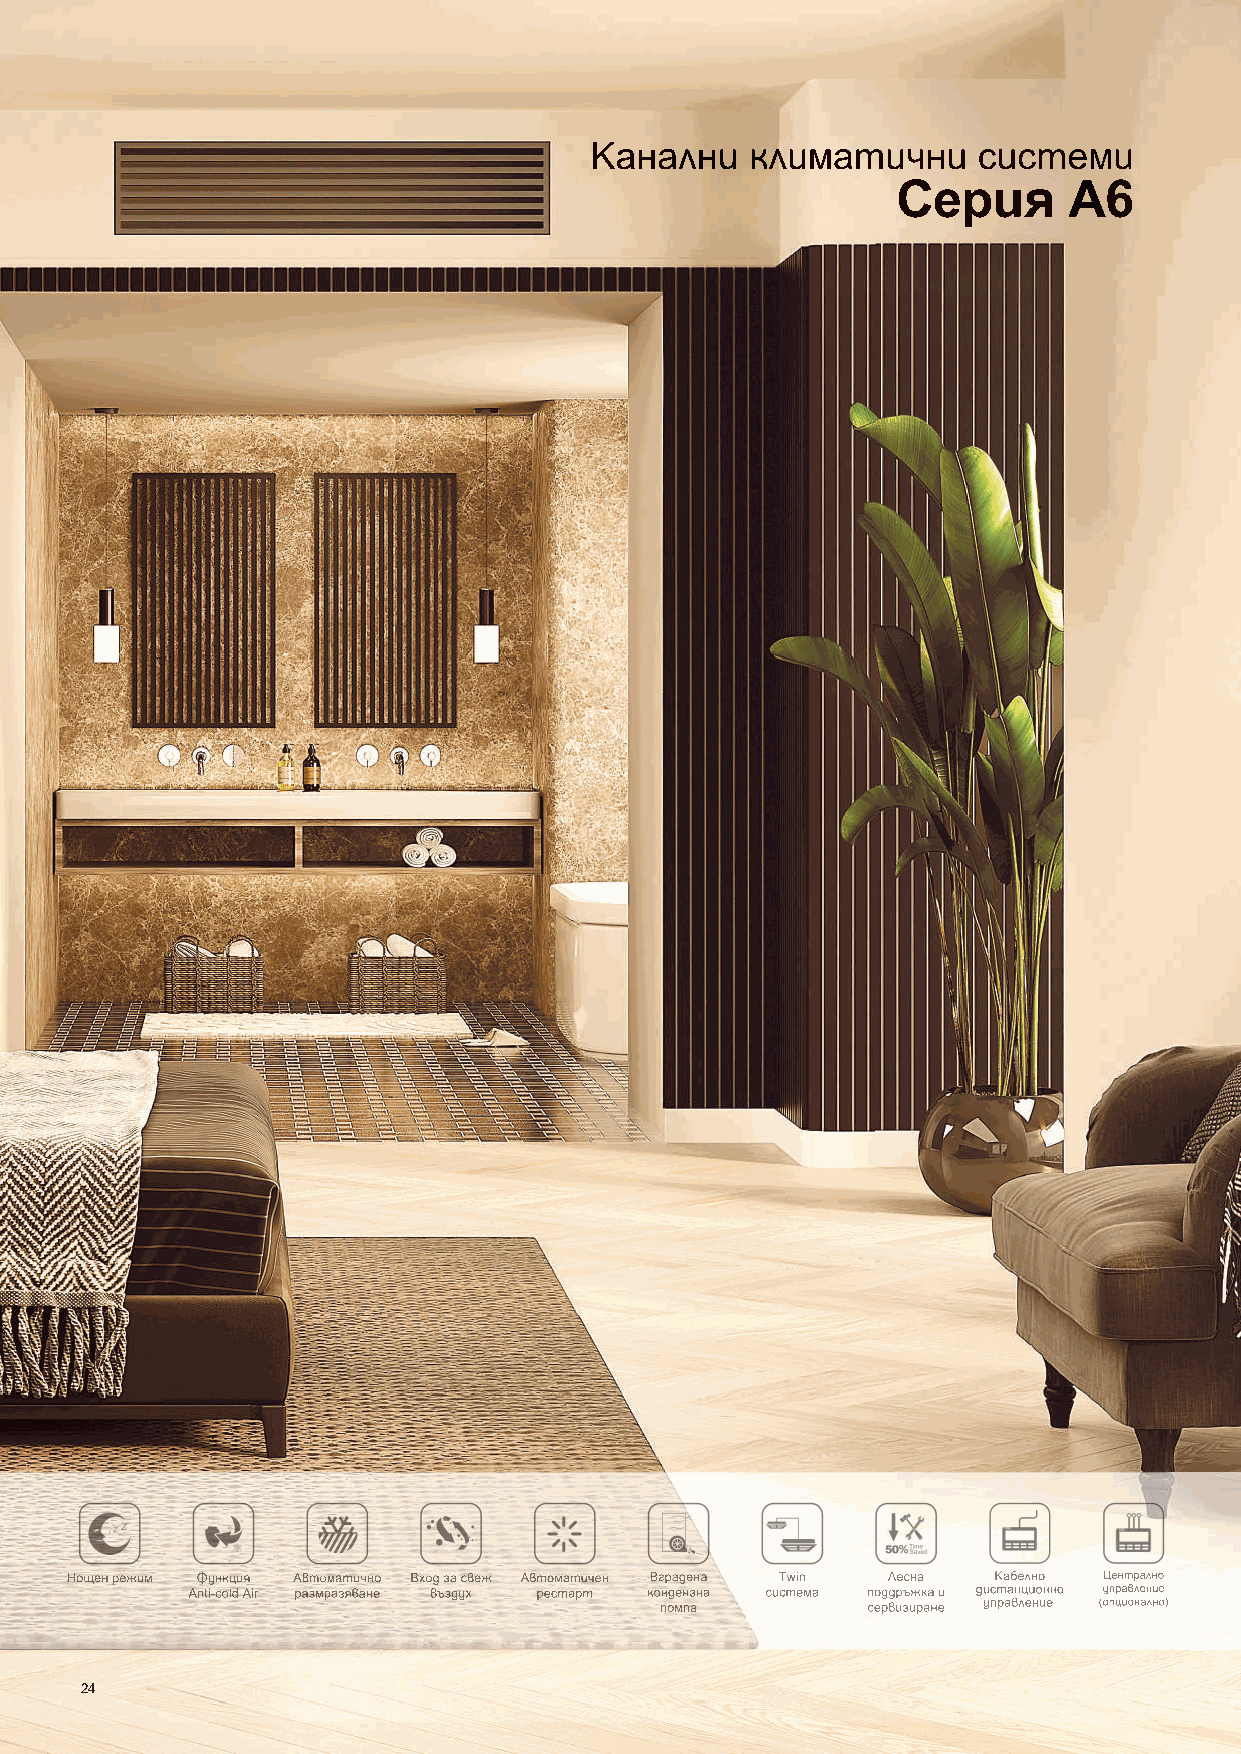
Канални    климатични     системи
 Серия       A6
 Нощен режим Функция Автоматично Вход за свеж Автоматичен Вградена Тwin Лесна Кабелно Централно
 Anti-cold Air размразяване въздух рестарт кондензна система поддръжка и дистанционно управление
 помпа        сервизиране управление (опционално)
 24